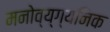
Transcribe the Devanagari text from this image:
मनोव्य्ग्यनिक